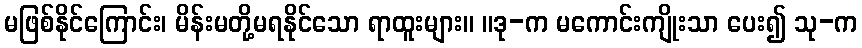
မဖြစ်နိုင်ကြောင်း၊ မိန်းမတို့မရနိုင်သော ရာထူးများ။ ။ဒု-က မကောင်းကျိုးသာ ပေး၍ သု-က